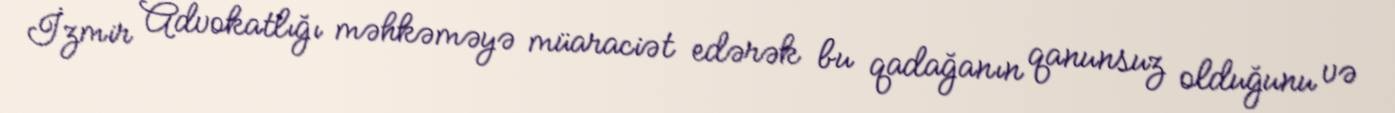
İzmir Advokatlığı məhkəməyə müaraciət edərək bu qadağanın qanunsuz olduğunu və